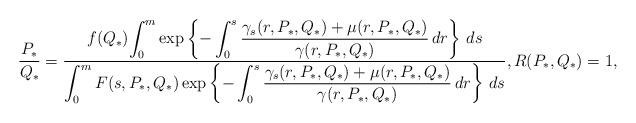
LaTeX: \begin{align*}\frac{P_*}{Q_*}= {f(Q_*)\displaystyle{\int_0^m \exp\left\{-\int_0^s\displaystyle{\frac{\gamma_s(r,P_*,Q_*)+\mu(r,P_*,Q_*)} {\gamma(r,P_*,Q_*)}}\,dr\right\}\,ds}\over \displaystyle{\int_0^m F(s,P_*,Q_*) \exp\left\{-\int_0^s\displaystyle{\frac{\gamma_s(r,P_*,Q_*)+\mu(r,P_*,Q_*)} {\gamma(r,P_*,Q_*)}}\,dr\right\}\,ds}}, R(P_*,Q_*)=1, \end{align*}